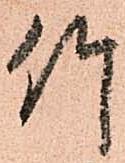
竹